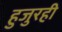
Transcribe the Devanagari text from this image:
हुजुरही